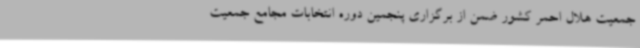
جمعیت هلال احمر کشور ضمن از برگزاری پنجمین دوره انتخابات مجامع جمعیت